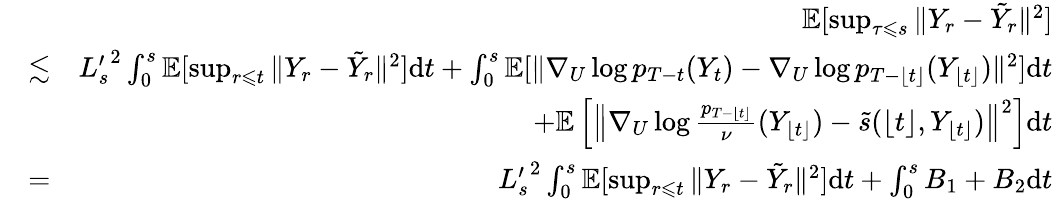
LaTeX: \begin{array}{rlr}&{}&{\mathbb{E}[\operatorname*{sup}_{\tau\leqslant s}\| Y_{r}-\tilde{Y}_{r}\| ^{2}]}\\ &{\lesssim}&{{L_{s}^{\prime}}^{2}\int_{0}^{s}\mathbb{E}[\operatorname*{sup}_{r\leqslant t}\| Y_{r}-\tilde{Y}_{r}\| ^{2}]\mathrm{d}t+\int_{0}^{s}\mathbb{E}[\| \nabla_{U}\log p_{T-t}(Y_{t})-\nabla_{U}\log p_{T-\lfloor t\rfloor}(Y_{\lfloor t\rfloor})\| ^{2}]\mathrm{d}t}\\ &{}&{+\mathbb{E}\left[\left\| \nabla_{U}\log\frac{p_{T-\lfloor t\rfloor}}{\nu}(Y_{\lfloor t\rfloor})-\tilde{s}(\lfloor t\rfloor,Y_{\lfloor t\rfloor})\right\| ^{2}\right]\mathrm{d}t}\\ &{=}&{{L_{s}^{\prime}}^{2}\int_{0}^{s}\mathbb{E}[\operatorname*{sup}_{r\leqslant t}\| Y_{r}-\tilde{Y}_{r}\| ^{2}]\mathrm{d}t+\int_{0}^{s}B_{1}+B_{2}\mathrm{d}t}\end{array}